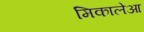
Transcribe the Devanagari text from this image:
मिकालेआ